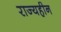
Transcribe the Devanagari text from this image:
राज्यहीन